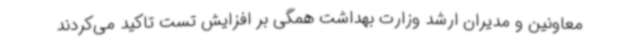
معاونین و مدیران ارشد وزارت بهداشت همگی بر افزایش تست تاکید می‌کردند